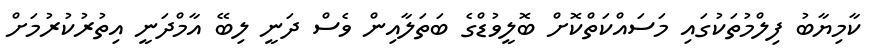
ކާމިޔާބު ފިލްމުތަކުގައި މަސައްކަތްކޮށް ބޮލީވުޑްގެ ބަތަލާއިން ވެސް ދަނީ ލިބޭ އާމްދަނީ އިތުރުކުރުމަށް